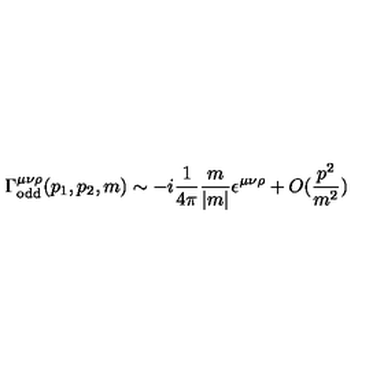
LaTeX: \Gamma _ { \mathrm { o d d } } ^ { \mu \nu \rho } ( p _ { 1 } , p _ { 2 } , m ) \sim - i \frac { 1 } { 4 \pi } \frac { m } { | m | } \epsilon ^ { \mu \nu \rho } + O ( \frac { p ^ { 2 } } { m ^ { 2 } } )